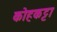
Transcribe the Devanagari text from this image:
कोहकट्टा